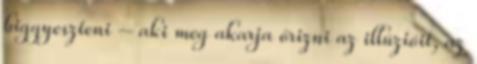
biggyeszteni – aki meg akarja őrizni az illúzióit, az